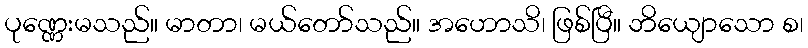
ပုဏ္ဏေးမသည်။ မာတာ၊ မယ်တော်သည်။ အဟောသိ၊ ဖြစ်ပြီ။ ဘိယျောသော စ၊